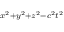
\scriptstyle { x ^ { 2 } + y ^ { 2 } + z ^ { 2 } - c ^ { 2 } t ^ { 2 } }